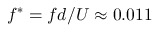
f ^ { * } = f d / U \approx 0 . 0 1 1